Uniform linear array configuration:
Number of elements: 8
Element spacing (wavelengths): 1
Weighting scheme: cosine
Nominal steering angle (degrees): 60
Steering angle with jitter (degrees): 61.813
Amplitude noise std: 0.05
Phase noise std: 0.05

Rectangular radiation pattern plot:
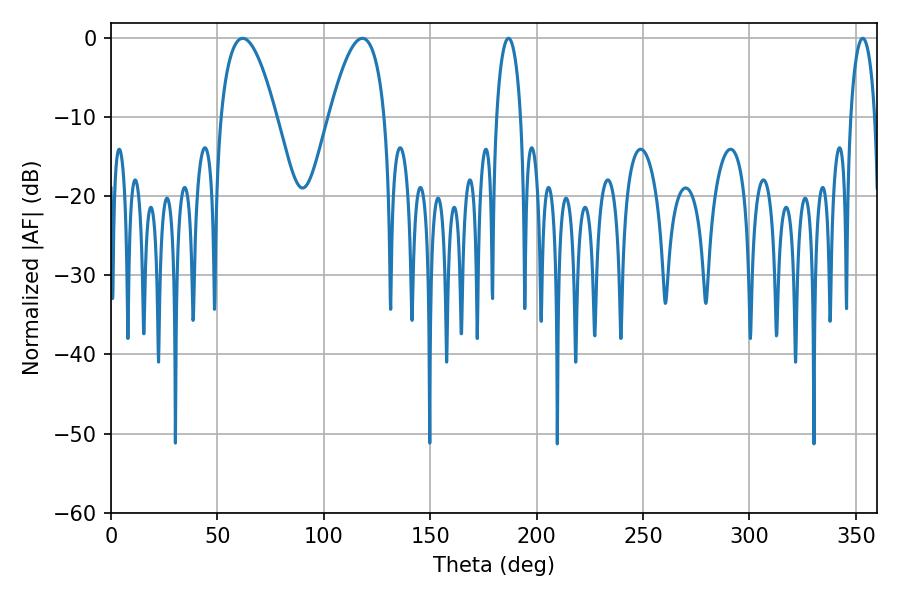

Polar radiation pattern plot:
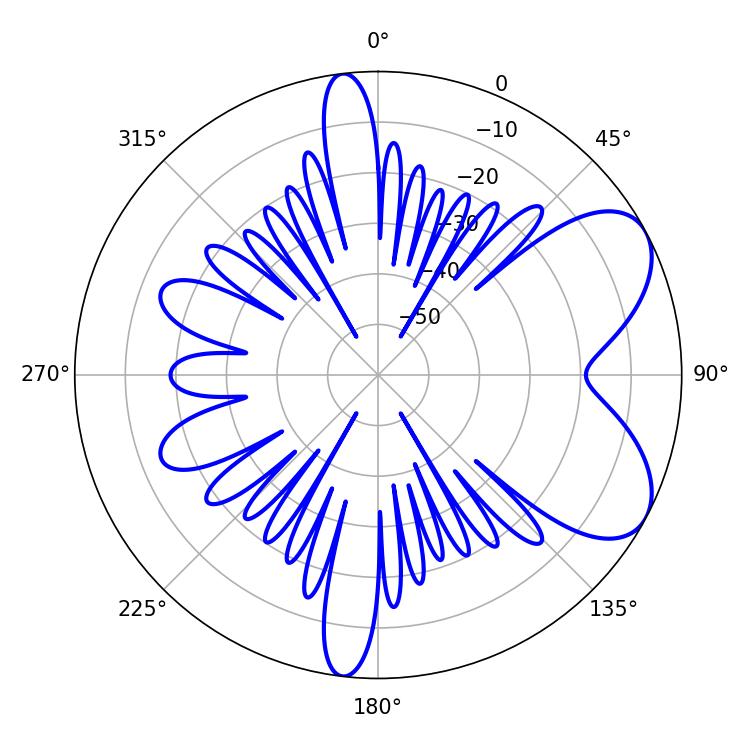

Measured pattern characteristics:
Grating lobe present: TRUE
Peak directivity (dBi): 6.578
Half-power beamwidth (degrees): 14.4
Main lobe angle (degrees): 61.92